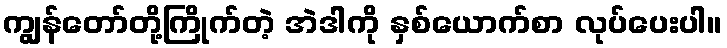
ကျွန်တော်တို့ကြိုက်တဲ့ အဲဒါကို နှစ်ယောက်စာ လုပ်ပေးပါ။